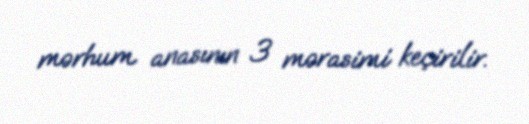
mərhum anasının 3 mərasimi keçirilir.